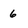
Character: 6